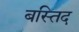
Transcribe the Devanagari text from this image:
बस्तिद